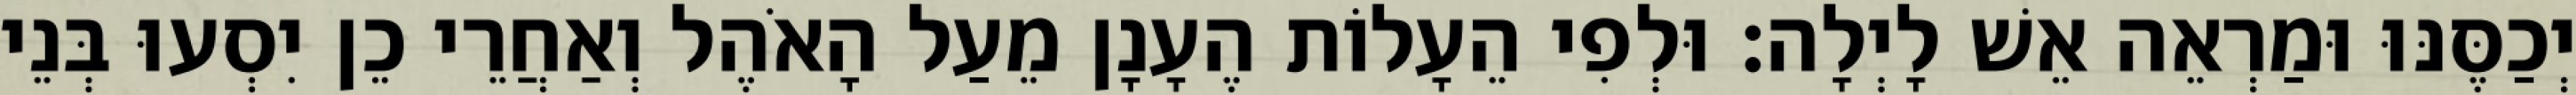
יְכַסֶּנּוּ וּמַרְאֵה אֵשׁ לָיְלָה׃ וּלְפִי הֵעָלוֹת הֶעָנָן מֵעַל הָאֹהֶל וְאַחֲרֵי כֵן יִסְעוּ בְּנֵי